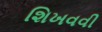
શિખવવી